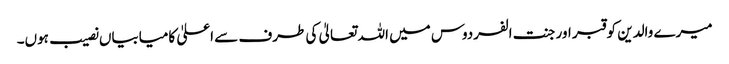
میرے والدین کو قبر اور جنت الفردوس میں اللہ تعالیٰ کی طرف سے اعلیٰ کامیابیاں نصیب ہوں۔